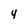
Character: 4